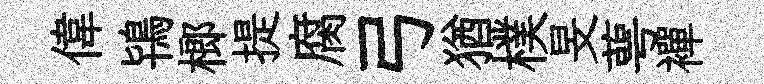
偉鴇榔提腐弓猶樸旻萼襌